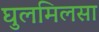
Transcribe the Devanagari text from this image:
घुलमिलसा